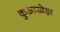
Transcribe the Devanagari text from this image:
कुआखेड़ा